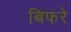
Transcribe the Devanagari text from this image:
बिफरे